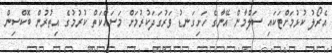
އެރޯލު ކުޅުމަށްޓަކައި ސަލްމާން އޭނާގެ ހަށިގަނޑު ވަރުގަދަކުރުމަށް މަސައްކަތް ކުރުމުގެ އިތުރުން ބޮކްސިން